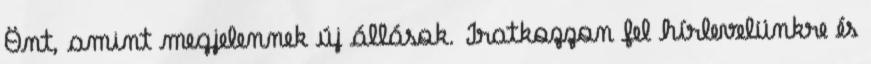
Önt, amint megjelennek új állások. Iratkozzon fel hírlevelünkre és